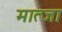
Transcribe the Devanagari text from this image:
मात्जा